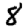
Digit: 8